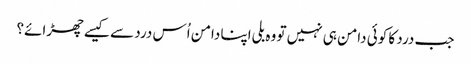
جب درد کا کوئی دامن ہی نہیں تو وہ بلی اپنا دامن اُس درد سے کیسے چھڑائے؟